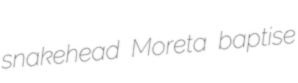
snakehead Moreta baptise